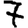
Digit: 7